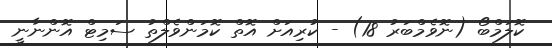
ކޮލަމްބޯ (ނޮވެމްބަރު 18) - ކުރިއަށް އޮތް ކޮމަންވެލްތު ސަމިޓް އޮންނާނީ